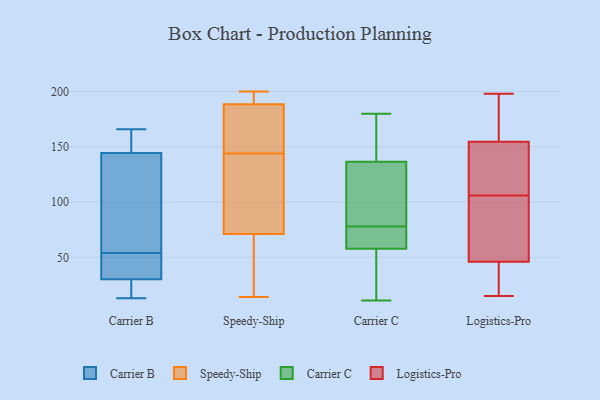
{"axis": {"x": "Waste Production (Tons)", "y": "Value"}, "legend": ["Carrier B", "Carrier C", "Logistics-Pro", "Speedy-Ship"], "data": [{"x": "", "y": 43, "type": "Carrier B"}, {"x": "", "y": 145, "type": "Carrier B"}, {"x": "", "y": 147, "type": "Carrier B"}, {"x": "", "y": 166, "type": "Carrier B"}, {"x": "", "y": 14, "type": "Carrier B"}, {"x": "", "y": 26, "type": "Carrier B"}, {"x": "", "y": 54, "type": "Carrier B"}, {"x": "", "y": 13, "type": "Carrier B"}, {"x": "", "y": 143, "type": "Carrier B"}, {"x": "", "y": 54, "type": "Carrier B"}, {"x": "", "y": 84, "type": "Carrier B"}, {"x": "", "y": 200, "type": "Speedy-Ship"}, {"x": "", "y": 74, "type": "Speedy-Ship"}, {"x": "", "y": 82, "type": "Speedy-Ship"}, {"x": "", "y": 25, "type": "Speedy-Ship"}, {"x": "", "y": 160, "type": "Speedy-Ship"}, {"x": "", "y": 193, "type": "Speedy-Ship"}, {"x": "", "y": 196, "type": "Speedy-Ship"}, {"x": "", "y": 62, "type": "Speedy-Ship"}, {"x": "", "y": 187, "type": "Speedy-Ship"}, {"x": "", "y": 158, "type": "Speedy-Ship"}, {"x": "", "y": 196, "type": "Speedy-Ship"}, {"x": "", "y": 82, "type": "Speedy-Ship"}, {"x": "", "y": 151, "type": "Speedy-Ship"}, {"x": "", "y": 30, "type": "Speedy-Ship"}, {"x": "", "y": 121, "type": "Speedy-Ship"}, {"x": "", "y": 144, "type": "Speedy-Ship"}, {"x": "", "y": 14, "type": "Speedy-Ship"}, {"x": "", "y": 138, "type": "Carrier C"}, {"x": "", "y": 88, "type": "Carrier C"}, {"x": "", "y": 69, "type": "Carrier C"}, {"x": "", "y": 38, "type": "Carrier C"}, {"x": "", "y": 137, "type": "Carrier C"}, {"x": "", "y": 135, "type": "Carrier C"}, {"x": "", "y": 11, "type": "Carrier C"}, {"x": "", "y": 152, "type": "Carrier C"}, {"x": "", "y": 69, "type": "Carrier C"}, {"x": "", "y": 37, "type": "Carrier C"}, {"x": "", "y": 78, "type": "Carrier C"}, {"x": "", "y": 77, "type": "Carrier C"}, {"x": "", "y": 152, "type": "Carrier C"}, {"x": "", "y": 109, "type": "Carrier C"}, {"x": "", "y": 180, "type": "Carrier C"}, {"x": "", "y": 75, "type": "Carrier C"}, {"x": "", "y": 27, "type": "Carrier C"}, {"x": "", "y": 110, "type": "Carrier C"}, {"x": "", "y": 54, "type": "Carrier C"}, {"x": "", "y": 15, "type": "Logistics-Pro"}, {"x": "", "y": 156, "type": "Logistics-Pro"}, {"x": "", "y": 75, "type": "Logistics-Pro"}, {"x": "", "y": 176, "type": "Logistics-Pro"}, {"x": "", "y": 106, "type": "Logistics-Pro"}, {"x": "", "y": 66, "type": "Logistics-Pro"}, {"x": "", "y": 101, "type": "Logistics-Pro"}, {"x": "", "y": 28, "type": "Logistics-Pro"}, {"x": "", "y": 61, "type": "Logistics-Pro"}, {"x": "", "y": 150, "type": "Logistics-Pro"}, {"x": "", "y": 163, "type": "Logistics-Pro"}, {"x": "", "y": 120, "type": "Logistics-Pro"}, {"x": "", "y": 198, "type": "Logistics-Pro"}, {"x": "", "y": 29, "type": "Logistics-Pro"}, {"x": "", "y": 38, "type": "Logistics-Pro"}, {"x": "", "y": 157, "type": "Logistics-Pro"}, {"x": "", "y": 123, "type": "Logistics-Pro"}, {"x": "", "y": 141, "type": "Logistics-Pro"}, {"x": "", "y": 41, "type": "Logistics-Pro"}]}